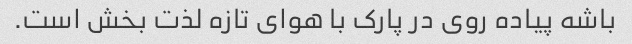
باشه پیاده روی در پارک با هوای تازه لذت بخش است.